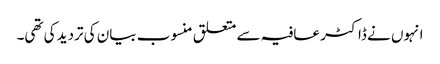
انہوں نے ڈاکٹر عافیہ سے متعلق منسوب بیان کی تردید کی تھی۔